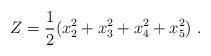
LaTeX: \begin{align*}Z=\frac{1}{2}(x^2_2 + x^2_3 + x^2_4 +x^2_5)~.\end{align*}